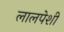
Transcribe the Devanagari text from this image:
लालपेशी